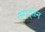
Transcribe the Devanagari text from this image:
संग्त्सन